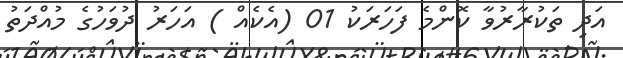
އަދި ތަކުރާރުވާ ކޮންމެ ފަހަރަކު 01 (އެކެއް ) އަހަރު ދުވަހުގެ މުއްދަތު